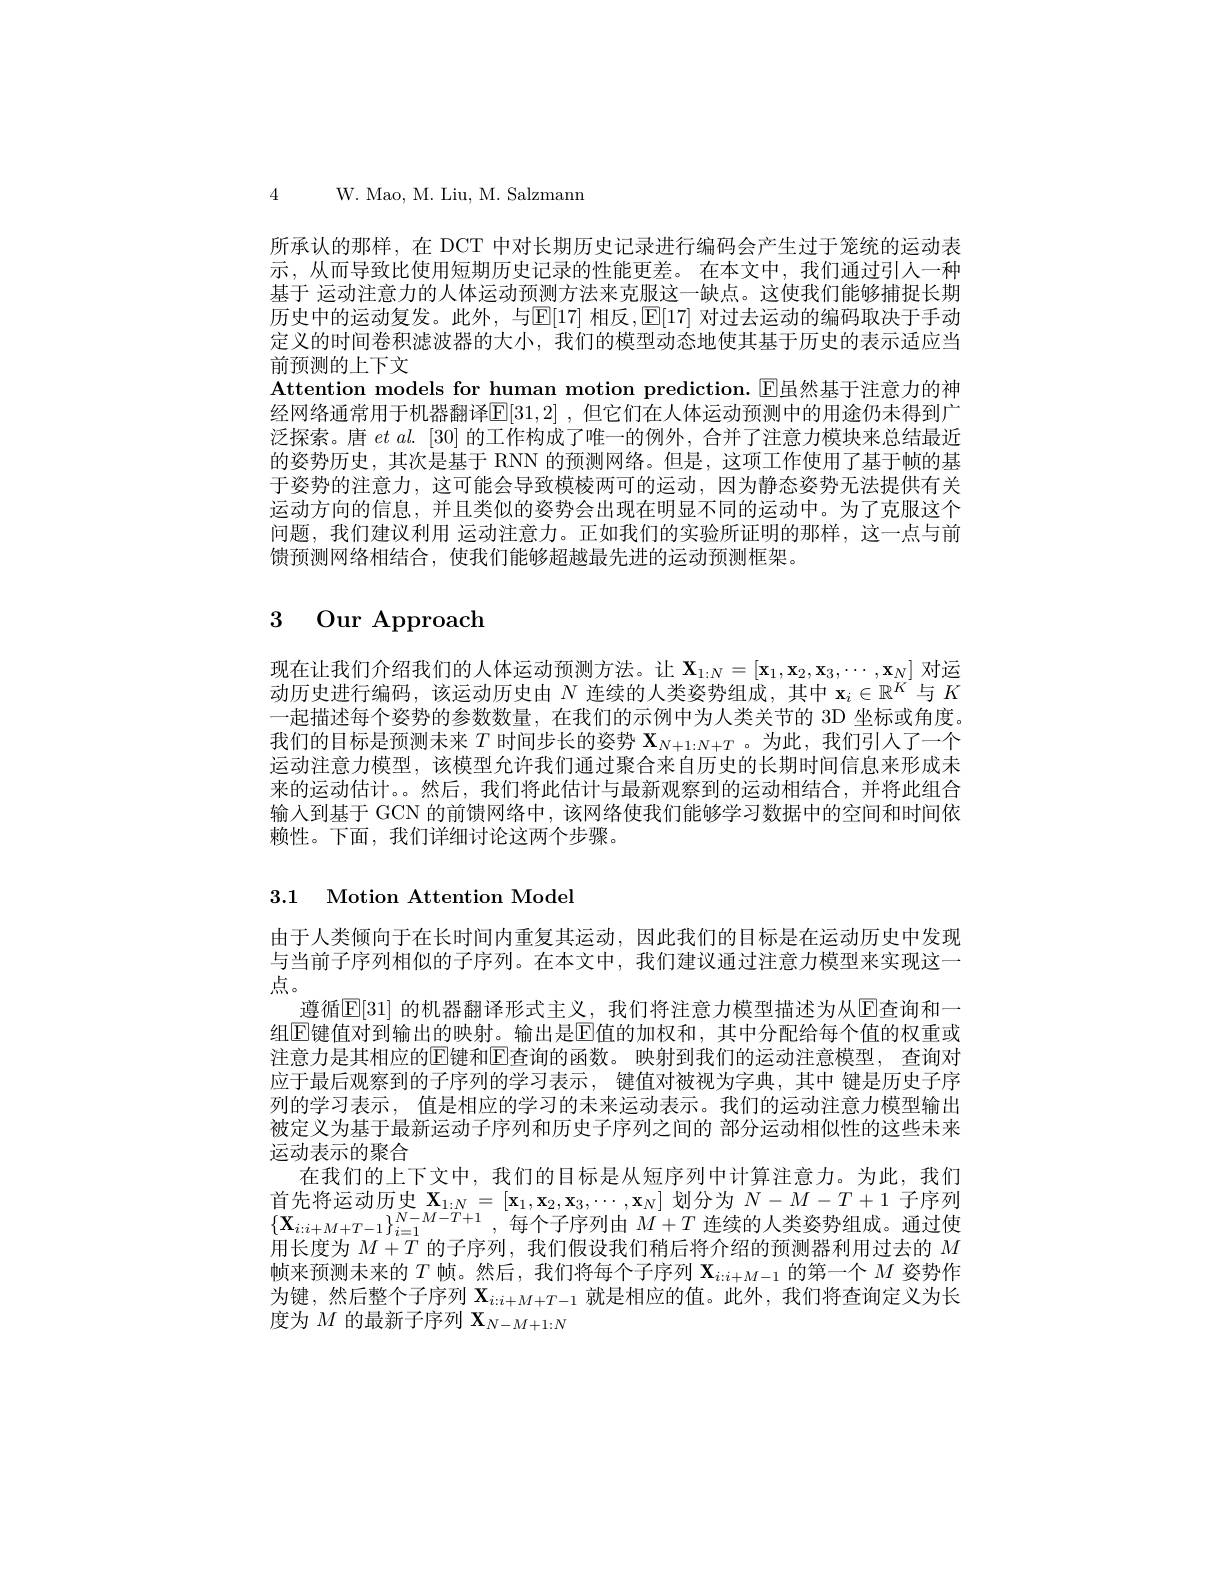
4 W. Mao, M. Liu, M. Salzmanm

所承认的那样，在 DCT 中对长期历史记录进行编码会产生过于笼统的运动表示，从而导致比使用短期历史记录的性能更差。在本文中，我们通过引人一种基于 运动注意力的人体运动预测方法来克服这一缺点。这便我们能够捕捉长期历史中的运动复发。此外，与E[17] 相反$,\mathbb{E}[17]$ 对过去运动的编码取决于手动定义的时间卷积滤波器的大小，我们的模型动态地使其基于历史的表示适应当前预测的上下文
Attention models for human motion prediction. $\color{red}{\boxed{\mathrm{E}}}$虽然基于注意力的神经网络通常用于机器翻译$\mathbb{E}[31,2]$ ,但它们在人体运动预测中的用途仍未得到广泛探索。唐$etal.[30]$的工作构成了唯一的例外，合并了注意力模块来总结最近的姿势历史，其次是基于 RNN 的预测网络。但是，这项工作使用了基于帧的基于姿势的注意力，这可能会导致模棱两可的运动，因为静态姿势无法提供有关运动方向的信息，并且类似的姿势会出现在明显不同的运动中。为了克服这个问题，我们建议利用 运动注意力。正如我们的实验所证明的那样，这一点与前馈预测网络相结合，使我们能够超越最先进的运动预测框架。

# 3 Our Approach

现在让我们介绍我们的人体运动预测方法。让$\mathbf{X}_{1:N}=[\mathbf{x}_1,\mathbf{x}_2,\mathbf{x}_3,\cdots,\mathbf{x}_N]$对运动历史进行编码，该运动历史由$N$连续的人类姿势组成，其中$\mathbf{x}_i\in\mathbb{R}^K$与$K$ 一起描述每个姿势的参数数量，在我们的示例中为人类关节的 3D 坐标或角度。我们的目标是预测未来$T$时间步长的姿势$\mathbf{X}_N+1:N+T$ 。为此，我们引人了一个运动注意力模型，该模型允许我们通过聚合来自历史的长期时间信息来形成未来的运动估计。。然后，我们将此估计与最新观察到的运动相结合，并将此组合输入到基于 GCN 的前馈网络中，该网络使我们能够学习数据中的空间和时间依赖性。下面，我们详细讨论这两个步骤。

3.1 Motion Attention Model

由于人类倾向于在长时间内重复其运动，因此我们的目标是在运动历史中发现与当前子序列相似的子序列。在本文中，我们建议通过注意力模型来实现这一点。
遵循$\overline{\mathrm{E}}[31]$ 的机器翻译形式主义，我们将注意力模型描述为从$\underline{\mathrm{E}}$查询和一组$\operatorname{E\text{键值对到输出的映射。输出是}E\text{值的加权和，其中分配给每个值的权重或}}$ 注意力是其相应的[E]键和E]查询的函数。映射到我们的运动注意模型，查询对应于最后观察到的子序列的学习表示，键值对被视为字典，其中 键是历史子序列的学习表示，值是相应的学习的未来运动表示。我们的运动注意力模型输出被定义为基于最新运动子序列和历史子序列之间的 部分运动相似性的这些未来运动表示的聚合
在我们的上下文中，我们的目标是从短序列中计算注意力。为此，我们$\begin{array}{l}{\text{首先将运动历史 }\mathbf{X}_{1:N}=[\mathbf{x}_{1},\mathbf{x}_{2},\mathbf{x}_{3},\cdots,\mathbf{x}_{N}]\text{ 划分为 }N-M-T+1}&{\text{子序列}}\\{\{\mathbf{X}_{i:i+M+T-1}\}_{i=1}^{N-M-T+1},\text{每个子序列由 }M+T\text{ 连续的人类姿势组成。通过使}}\end{array}$ 用长度为$M+T$的子序列，我们假设我们稍后将介绍的预测器利用过去的$M$ 帧来预测未来的$T$帧。然后，我们将每个子序列$\mathbf{X}_{i:i+M-1}$的第一个$M$姿势作为键，然后整个子序列$\mathbf{X}_{i:i+M+T-1}$就是相应的值。此外，我们将查询定义为长度为$M$的最新子序列$\mathbf{X}_N-M+1:N$